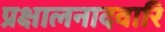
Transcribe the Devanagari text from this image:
प्रक्षालनादवारि